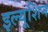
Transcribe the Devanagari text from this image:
इल्यूशिन